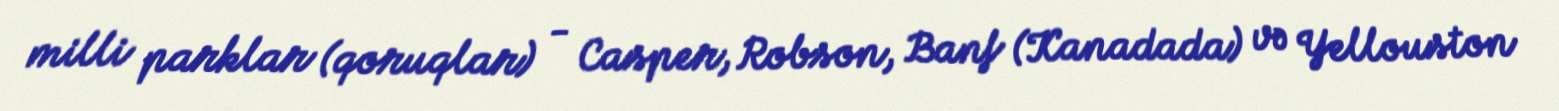
milli parklar (qoruqlar) - Casper, Robson, Banf (Kanadada) və Yellouston